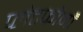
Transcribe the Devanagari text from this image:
प्लेटफोर्मों